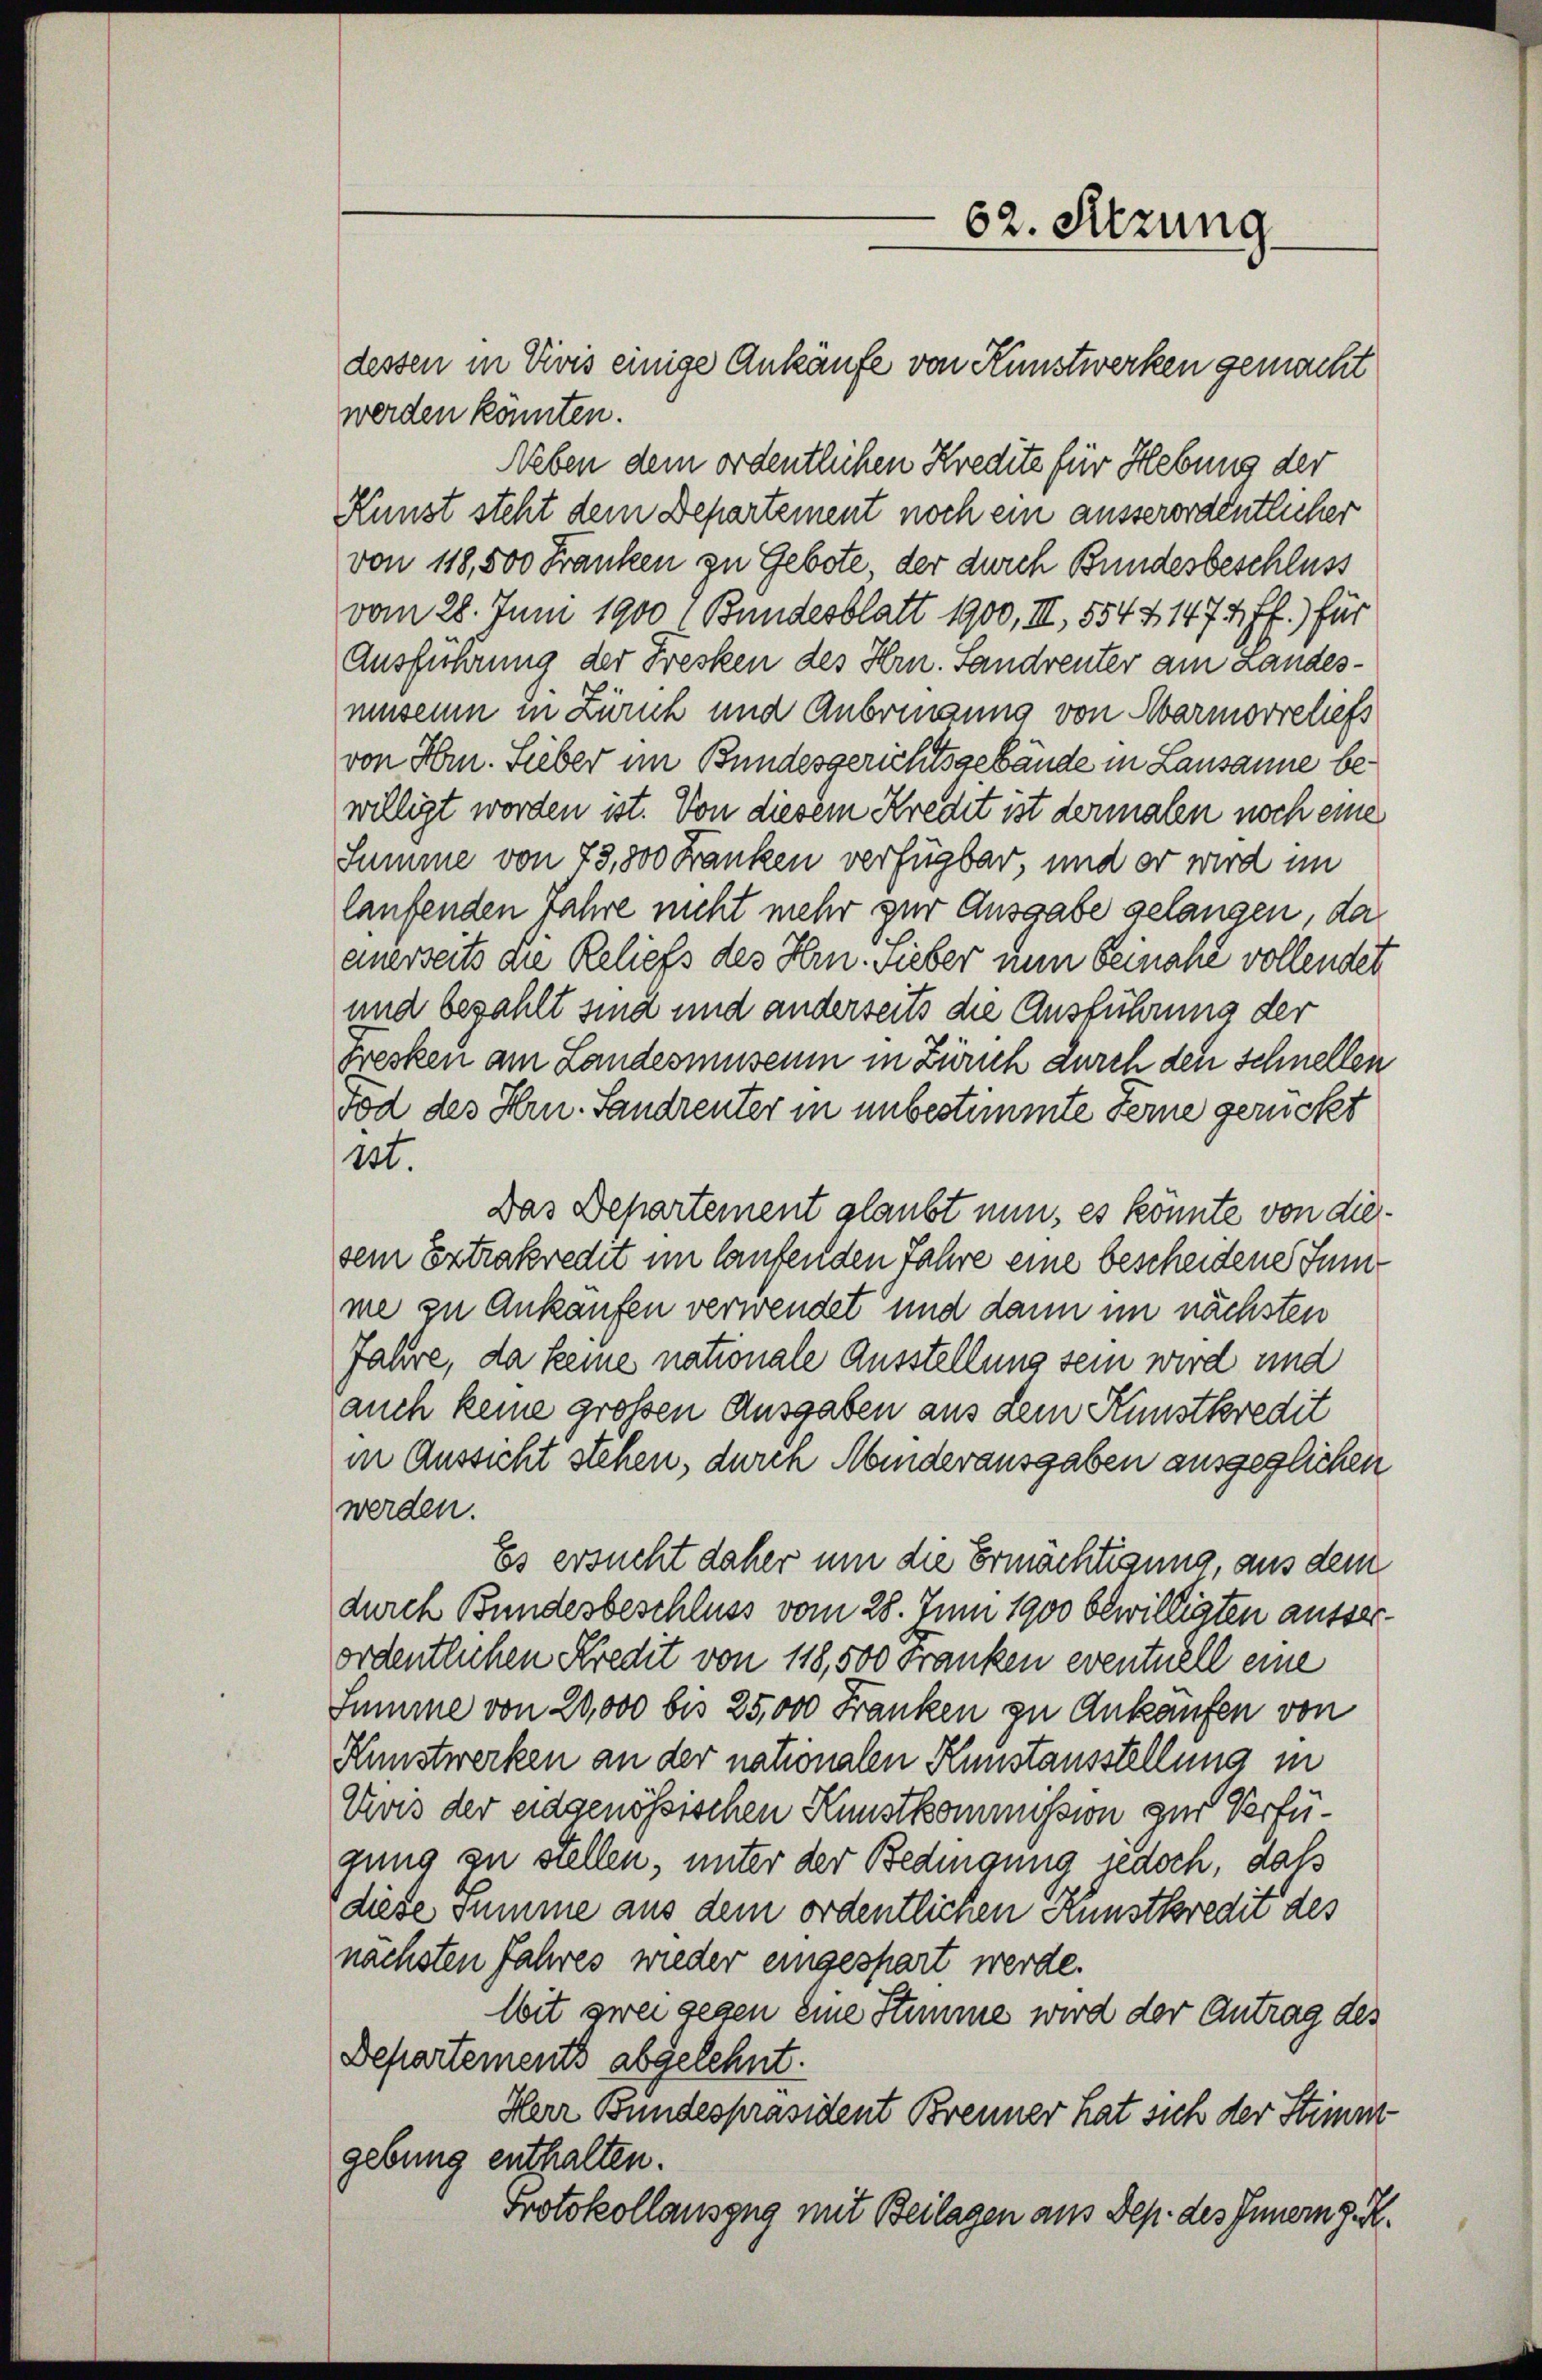
dessen in Divis einige Ankäufe von Kunstwerken gemacht
werden könnten.
Neben dem ordentlichen Kredite für Hebung der
Kunst steht dem Departement noch ein ausserordentlicher
von 118,500 Franken zu Gebote, der durch Bundesbeschluss
vom 28. Juni 1900 (Bundesblatt 1900, III, 554 & 1474 ff.) für
Ausführung der Fresken des Hrn. Sandrenter am Landesmuseum in Zürich und Anbringung von Marmorreliefs
von Hrn. Sieber im Bundesgerichtsgebäude in Lausanne bewilligt worden ist. Von diesem Kredit ist dermalen noch eine
Summe von 73,800 Franken verfügbar, und er wird im
laufenden Jahre nicht mehr zur Ausgabe gelangen, da
einerseits die Reliefs des Hrn. Lieber nun beinahe vollendet
und bezahlt sind und anderseits die Ausführung der
Fresken am Landesmuseum in Zürich durch den schnellen
Tod des Hrn. Sandrenter in unbestimmte Ferne gerückt
13t.
Das Departement glaubt nun, es könnte von diesem Extrakredit im laufenden Jahre eine bescheidene Junime zu Ankäufen verwendet und dann im nächsten
Jahre, da keine nationale Ausstellung sein wird und
auch keine großen Ausgaben aus dem Kunstkredit
in Aussicht stehen, durch Minderausgaben ausgeglichen
werden.
Es ersucht daher um die Ermächtigung, aus dem
durch Bundesbeschluss vom 28. Juni 1900 bewilligten ausserordentlichen Kredit von 118,500 Franken eventuell eine
Summe von 20,000 bis 25,000 Franken zu Ankäufen von
Kunstwerken an der nationalen Kunstausstellung in
Vivis der eidgenössischen Kunstkommission zur Verfügung zu stellen, unter der Bedingung jedoch, daß
diese Summe aus dem ordentlichen Kunstkredit des
nächsten Jahres wieder eingespart werde.
Wit zwei gegen eine Stimme wird der Antrag des
Departements abgelehnt.
Herr Bundespräsident Brenner hat sich der Stimmgebung enthalten.
Protokollauszug mit Beilagen aus Dep. des Innern J. K.

62. Sitzung